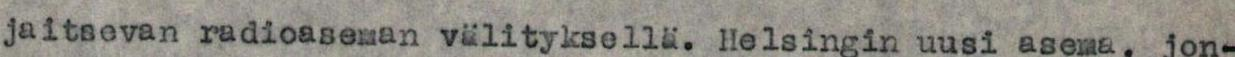
jaitsevan radioaseman välityksellä. Helsingin uusi asema, jon-